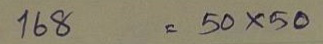
168 = 50x50